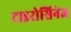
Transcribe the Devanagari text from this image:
टाइरोसिनेज